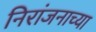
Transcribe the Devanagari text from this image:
निरांजनाच्या